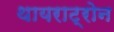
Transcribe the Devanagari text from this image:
थायराट्रोन